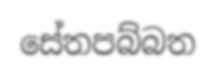
සේතපබ්බත